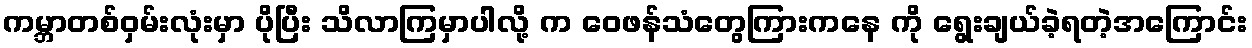
ကမ္ဘာတစ်ဝှမ်းလုံးမှာ ပိုပြီး သိလာကြမှာပါလို့ က ဝေဖန်သံတွေကြားကနေ ကို ရွေးချယ်ခဲ့ရတဲ့အကြောင်း